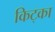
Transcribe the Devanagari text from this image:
किट्का